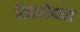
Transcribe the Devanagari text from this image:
फिरदोबारा